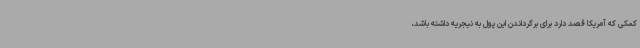
کمکی که آمریکا قصد دارد برای برگرداندن این پول به نیجریه داشته باشد،